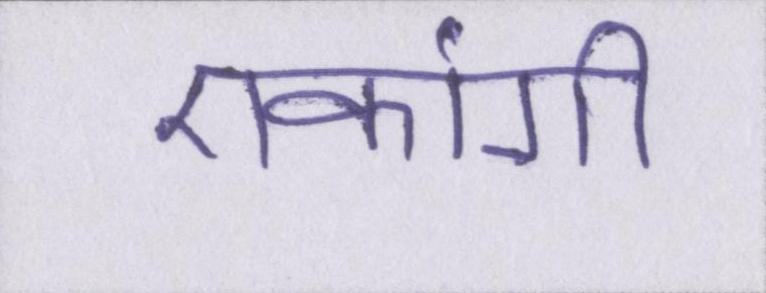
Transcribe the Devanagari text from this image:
एकांगी